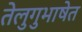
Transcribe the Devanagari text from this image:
तेलुगुभाषेत